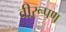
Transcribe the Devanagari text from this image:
वीरूपण